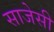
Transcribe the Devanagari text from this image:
साजेसी